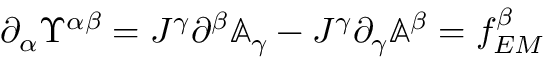
\partial _ { \alpha } \Upsilon ^ { \alpha \beta } = J ^ { \gamma } \partial ^ { \beta } \mathbb { A } _ { \gamma } - J ^ { \gamma } \partial _ { \gamma } \mathbb { A } ^ { \beta } = f _ { E M } ^ { \beta }